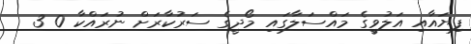
ފިޔައާއި އަލުވީގެ މައްސަލާގައި މޯދީގެ ސަރުކާރަށް ނުރައްކާ 0 3